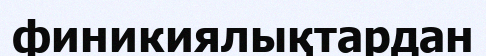
финикиялықтардан